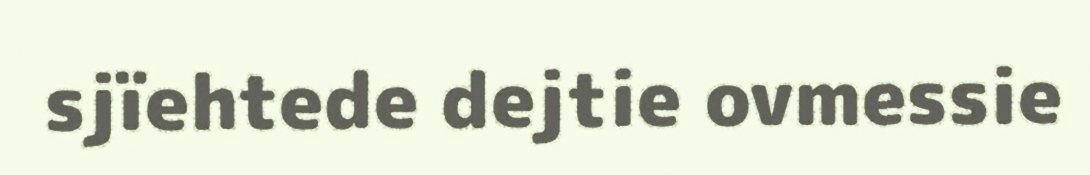
sjïehtede dejtie ovmessie